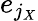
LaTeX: e_{j_{X}}